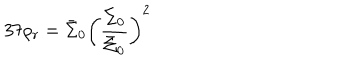
LaTeX: 3 7 \rho _ { r } = \bar { \Sigma } _ { 0 } \left( \frac { \Sigma _ { 0 } } { \bar { \Sigma } _ { 0 } } \right) ^ { 2 }